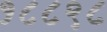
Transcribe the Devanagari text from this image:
१८८९८